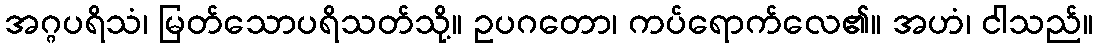
အဂ္ဂပရိသံ၊ မြတ်သောပရိသတ်သို့။ ဥပဂတော၊ ကပ်ရောက်လေ၏။ အဟံ၊ ငါသည်။